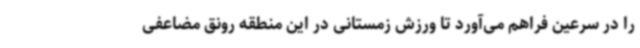
را در سرعین فراهم می‌آورد تا ورزش زمستانی در این منطقه رونق مضاعفی